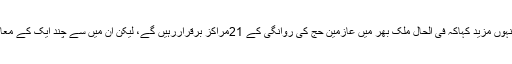
چند روانگی مقامات پرمتبادل کی گنجائش:انہوں مزید کہاکہ فی الحال ملک بھر میں عازمین حج کی روانگی کے 21مراکز برقراررہیں گے، لیکن ان میں سے چند ایک کے معاملہ میں متبادل کی گنجائش رکھی گئی ہے۔